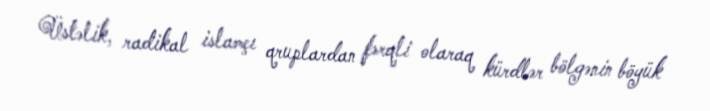
Üstəlik, radikal islamçı qruplardan fərqli olaraq kürdlər bölgənin böyük